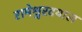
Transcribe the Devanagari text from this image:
रामेश्वरदयाल